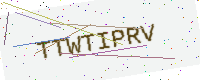
Text: TTWTIPRV